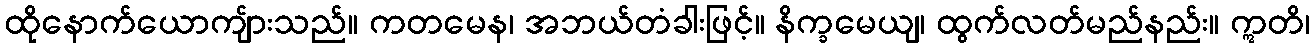
ထိုနောက်ယောကျ်ားသည်။ ကတမေန၊ အဘယ်တံခါးဖြင့်။ နိက္ခမေယျ၊ ထွက်လတ်မည်နည်း။ ဣတိ၊